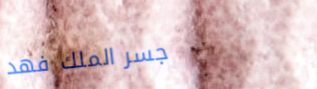
جسر الملك فهد